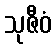
သုဇီဝံ